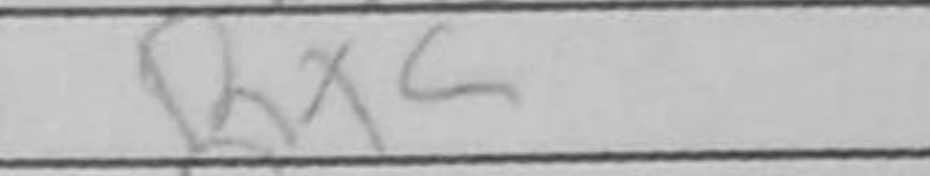
Transcription: Rxc